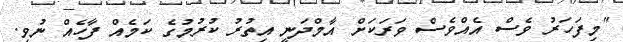
"މިފަހަރު ވެސް އެއްވެސް ވަރަކަށް އާމްދަނީ އިތުރު ކުރުމުގެ ކަމެއް ފާހެއް ނުވި.